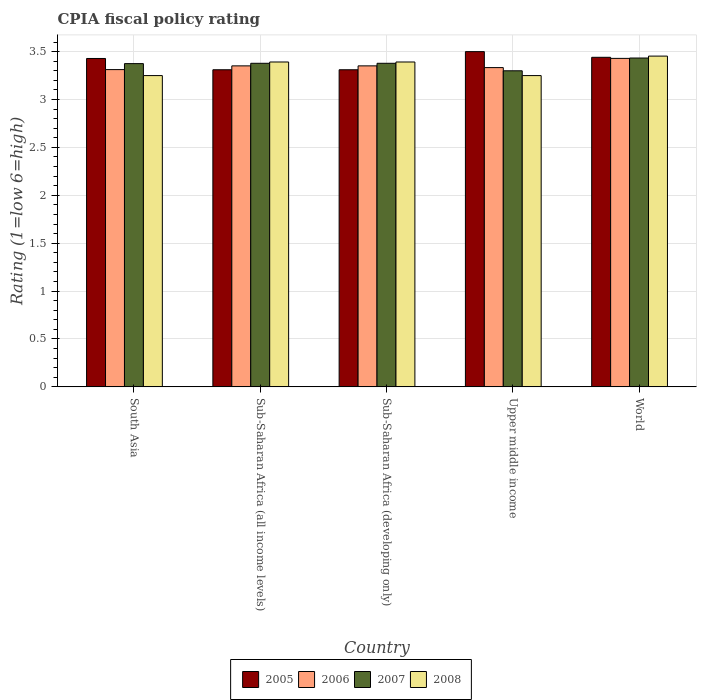
| Country | 2005 | 2006 | 2007 | 2008 |
 | --- | --- | --- | --- | --- |
 | South Asia | 3.43 | 3.31 | 3.38 | 3.25 |
 | Sub-Saharan Africa (all income levels) | 3.31 | 3.35 | 3.38 | 3.39 |
 | Sub-Saharan Africa (developing only) | 3.31 | 3.35 | 3.38 | 3.39 |
 | Upper middle income | 3.5 | 3.33 | 3.3 | 3.25 |
 | World | 3.44 | 3.43 | 3.43 | 3.45 |